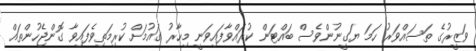
ވަޒީރުގެ ތަސައްވަރު ހަމަ ޔަގީނުންވެސް ބައްޓަން ކުރައްވާފައިވަނީ މިހާރު ގައުމަށް ކުރިމަތިވެފައިވާ ގޮންޖެހުންތައް